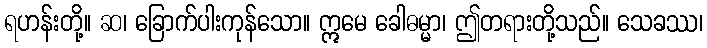
ရဟန်းတို့။ ဆ၊ ခြောက်ပါးကုန်သော။ ဣမေ ခေါဓမ္မာ၊ ဤတရားတို့သည်။ သေခဿ၊